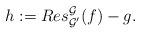
LaTeX: \begin{align*}h:= Res^{\mathcal{G}}_{\mathcal{G}^\prime} (f) - g.\end{align*}